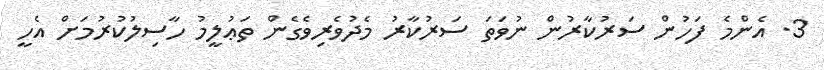
3. އެންމެ ފަހުން ސަރުކާރުން ނުވަތަ ސަރުކާރު މެދުވެރިވެގެން ތަޢުލީމު ހާސިލުކުރުމަށް އެހީ